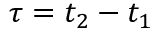
\tau = t _ { 2 } - t _ { 1 }